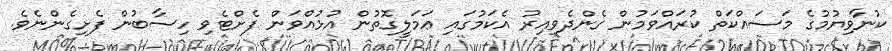
ކުނާވިޔުމުގެ މަސައްކަތް ކުރައްވަމުން ގެންދެވިއިރު އެކަމުގައި ޢަމަލީގޮތުން އުޅުއްވަން ފެށްޓެވި ހިސާބުން ފެށިގެންނެވެ.